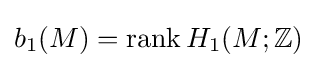
b_{1}(M)=\operatorname {rank} H_{1}(M;\mathbb {Z} )